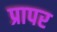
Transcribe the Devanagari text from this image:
प्रापर